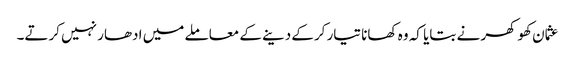
عثمان کھوکھر نے بتایا کہ وہ کھانا تیار کرکے دینے کے معاملے میں ادھار نہیں کرتے۔